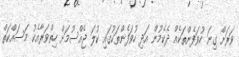
ވަރަށް ގިނަ ހުވަފެންތަކެއް ދެކެމުން އަދި ހުވަފެންތަކުގައި ކުލަ ޖެއްސުމަށް ހިތްވަރާއެކު މަސައްކަތް